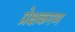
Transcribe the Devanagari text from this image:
प्रेक्षकगण